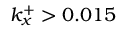
k _ { x } ^ { + } > 0 . 0 1 5